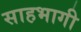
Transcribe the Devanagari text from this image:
साहभागी